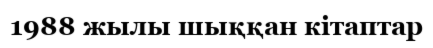
1988 жылы шыққан кітаптар